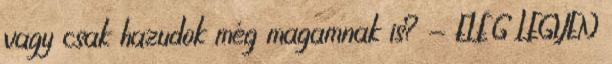
vagy csak hazudok még magamnak is? - ELÉG LEGYEN